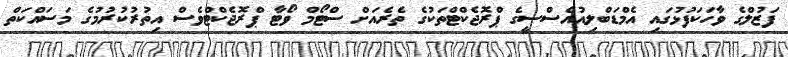
ފަޒުލްގެ ވާހަކަފުޅުގައި އެމްޑަބްލިއުއެސްސީގެ ޕްރޮޖެކްޓްތަކުގެ ތެރެއަށް ސްޓޯމް ވޯޓާ ޕްރޮޖެކްޓްވެސް އިތުރުކުރުމުގެ މަސައްކަތް